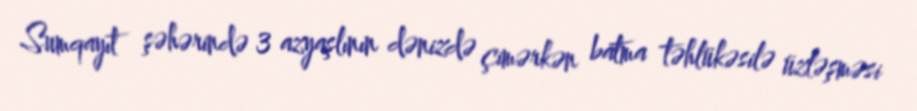
Sumqayıt şəhərində 3 azyaşlının dənizdə çimərkən batma təhlükəsilə üzləşməsi